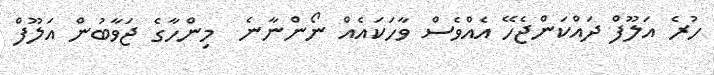
ހުރެ އަލޫފް ދައްކަންޖެހޭ އެއްވެސް ވާހަކައެއް ނޯންނާނެ  މިންހާގެ ޖަވާބުން އަލޫފް